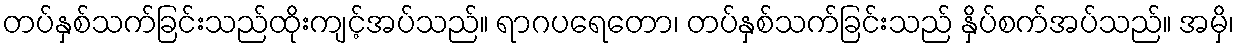
တပ်နှစ်သက်ခြင်းသည်ထိုးကျင့်အပ်သည်။ ရာဂပရေတော၊ တပ်နှစ်သက်ခြင်းသည် နှိပ်စက်အပ်သည်။ အမှိ၊